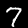
Digit: 7